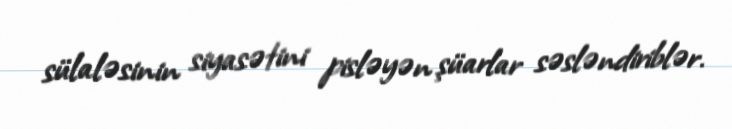
sülaləsinin siyasətini pisləyən şüarlar səsləndiriblər.